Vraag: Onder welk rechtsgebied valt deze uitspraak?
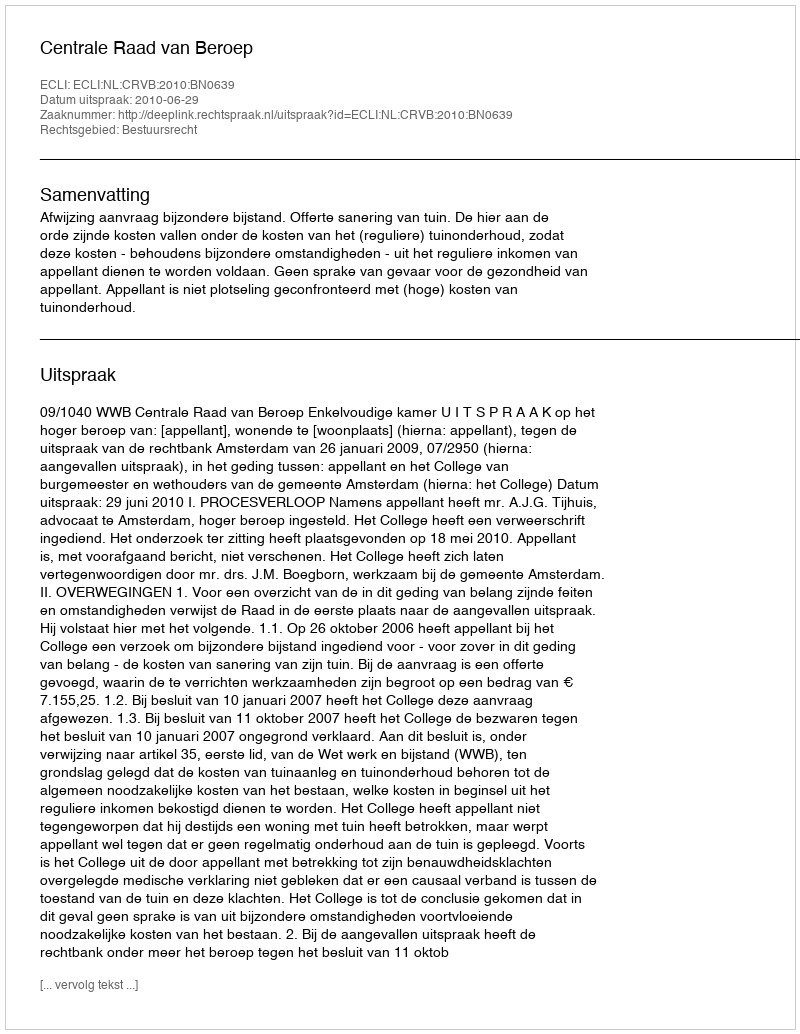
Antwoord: Bestuursrecht